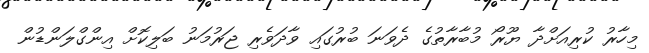
މިހާރު ކުރިއަށްދާ ޔޫރޯ މުބާރާތުގެ ދެވަނަ ބުރުގައި ވާދަވެރި ޖަރުމަނު ބަލިކޮށް އިންގްލަންޑުން